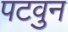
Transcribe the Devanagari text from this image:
पटवुन